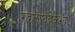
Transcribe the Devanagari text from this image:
ग्रहलाघवकरण।